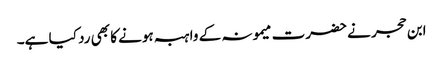
ابن حجر نے حضرت میمونہ کے واہبہ ہونے کا بھی رد کیا ہے۔